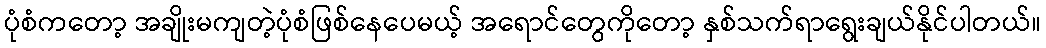
ပုံစံကတော့ အချိုးမကျတဲ့ပုံစံဖြစ်နေပေမယ့် အရောင်တွေကိုတော့ နှစ်သက်ရာရွေးချယ်နိုင်ပါတယ်။